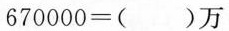
670000=()万